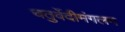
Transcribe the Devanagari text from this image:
चतुर्वेदीमंगलम